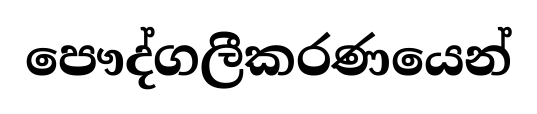
පෞද්ගලීකරණයෙන්